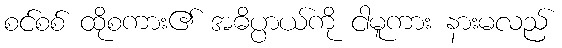
စင်စစ် ထိုစကား၏ အဓိပ္ပာယ်ကို ငါမူကား နားမလည်